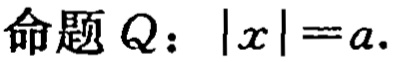
命题 \(Q\)：\(|x| = a\)